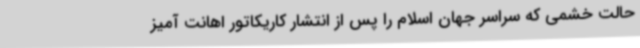
حالت خشمی که سراسر جهان اسلام را پس از انتشار کاریکاتور اهانت آمیز